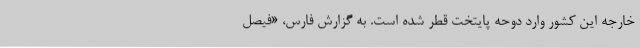
خارجه این کشور وارد دوحه پایتخت قطر شده است. به گزارش فارس، «فیصل